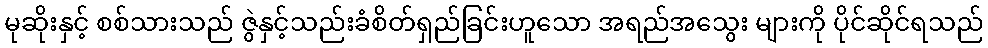
မုဆိုးနှင့် စစ်သားသည် ဇွဲနှင့်သည်းခံစိတ်ရှည်ခြင်းဟူသော အရည်အသွေး များကို ပိုင်ဆိုင်ရသည်